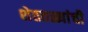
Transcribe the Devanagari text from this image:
शेततळ्यांची